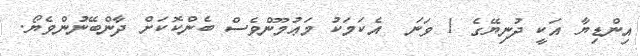
އިންޑިޔާ އަކީ ދުނިޔޭގެ 1 ވަނަ  އެކަމަކު މަޢުމޫންވެސް ބެންކޮކަށް ދާންބޭނުންވެޔޯ.